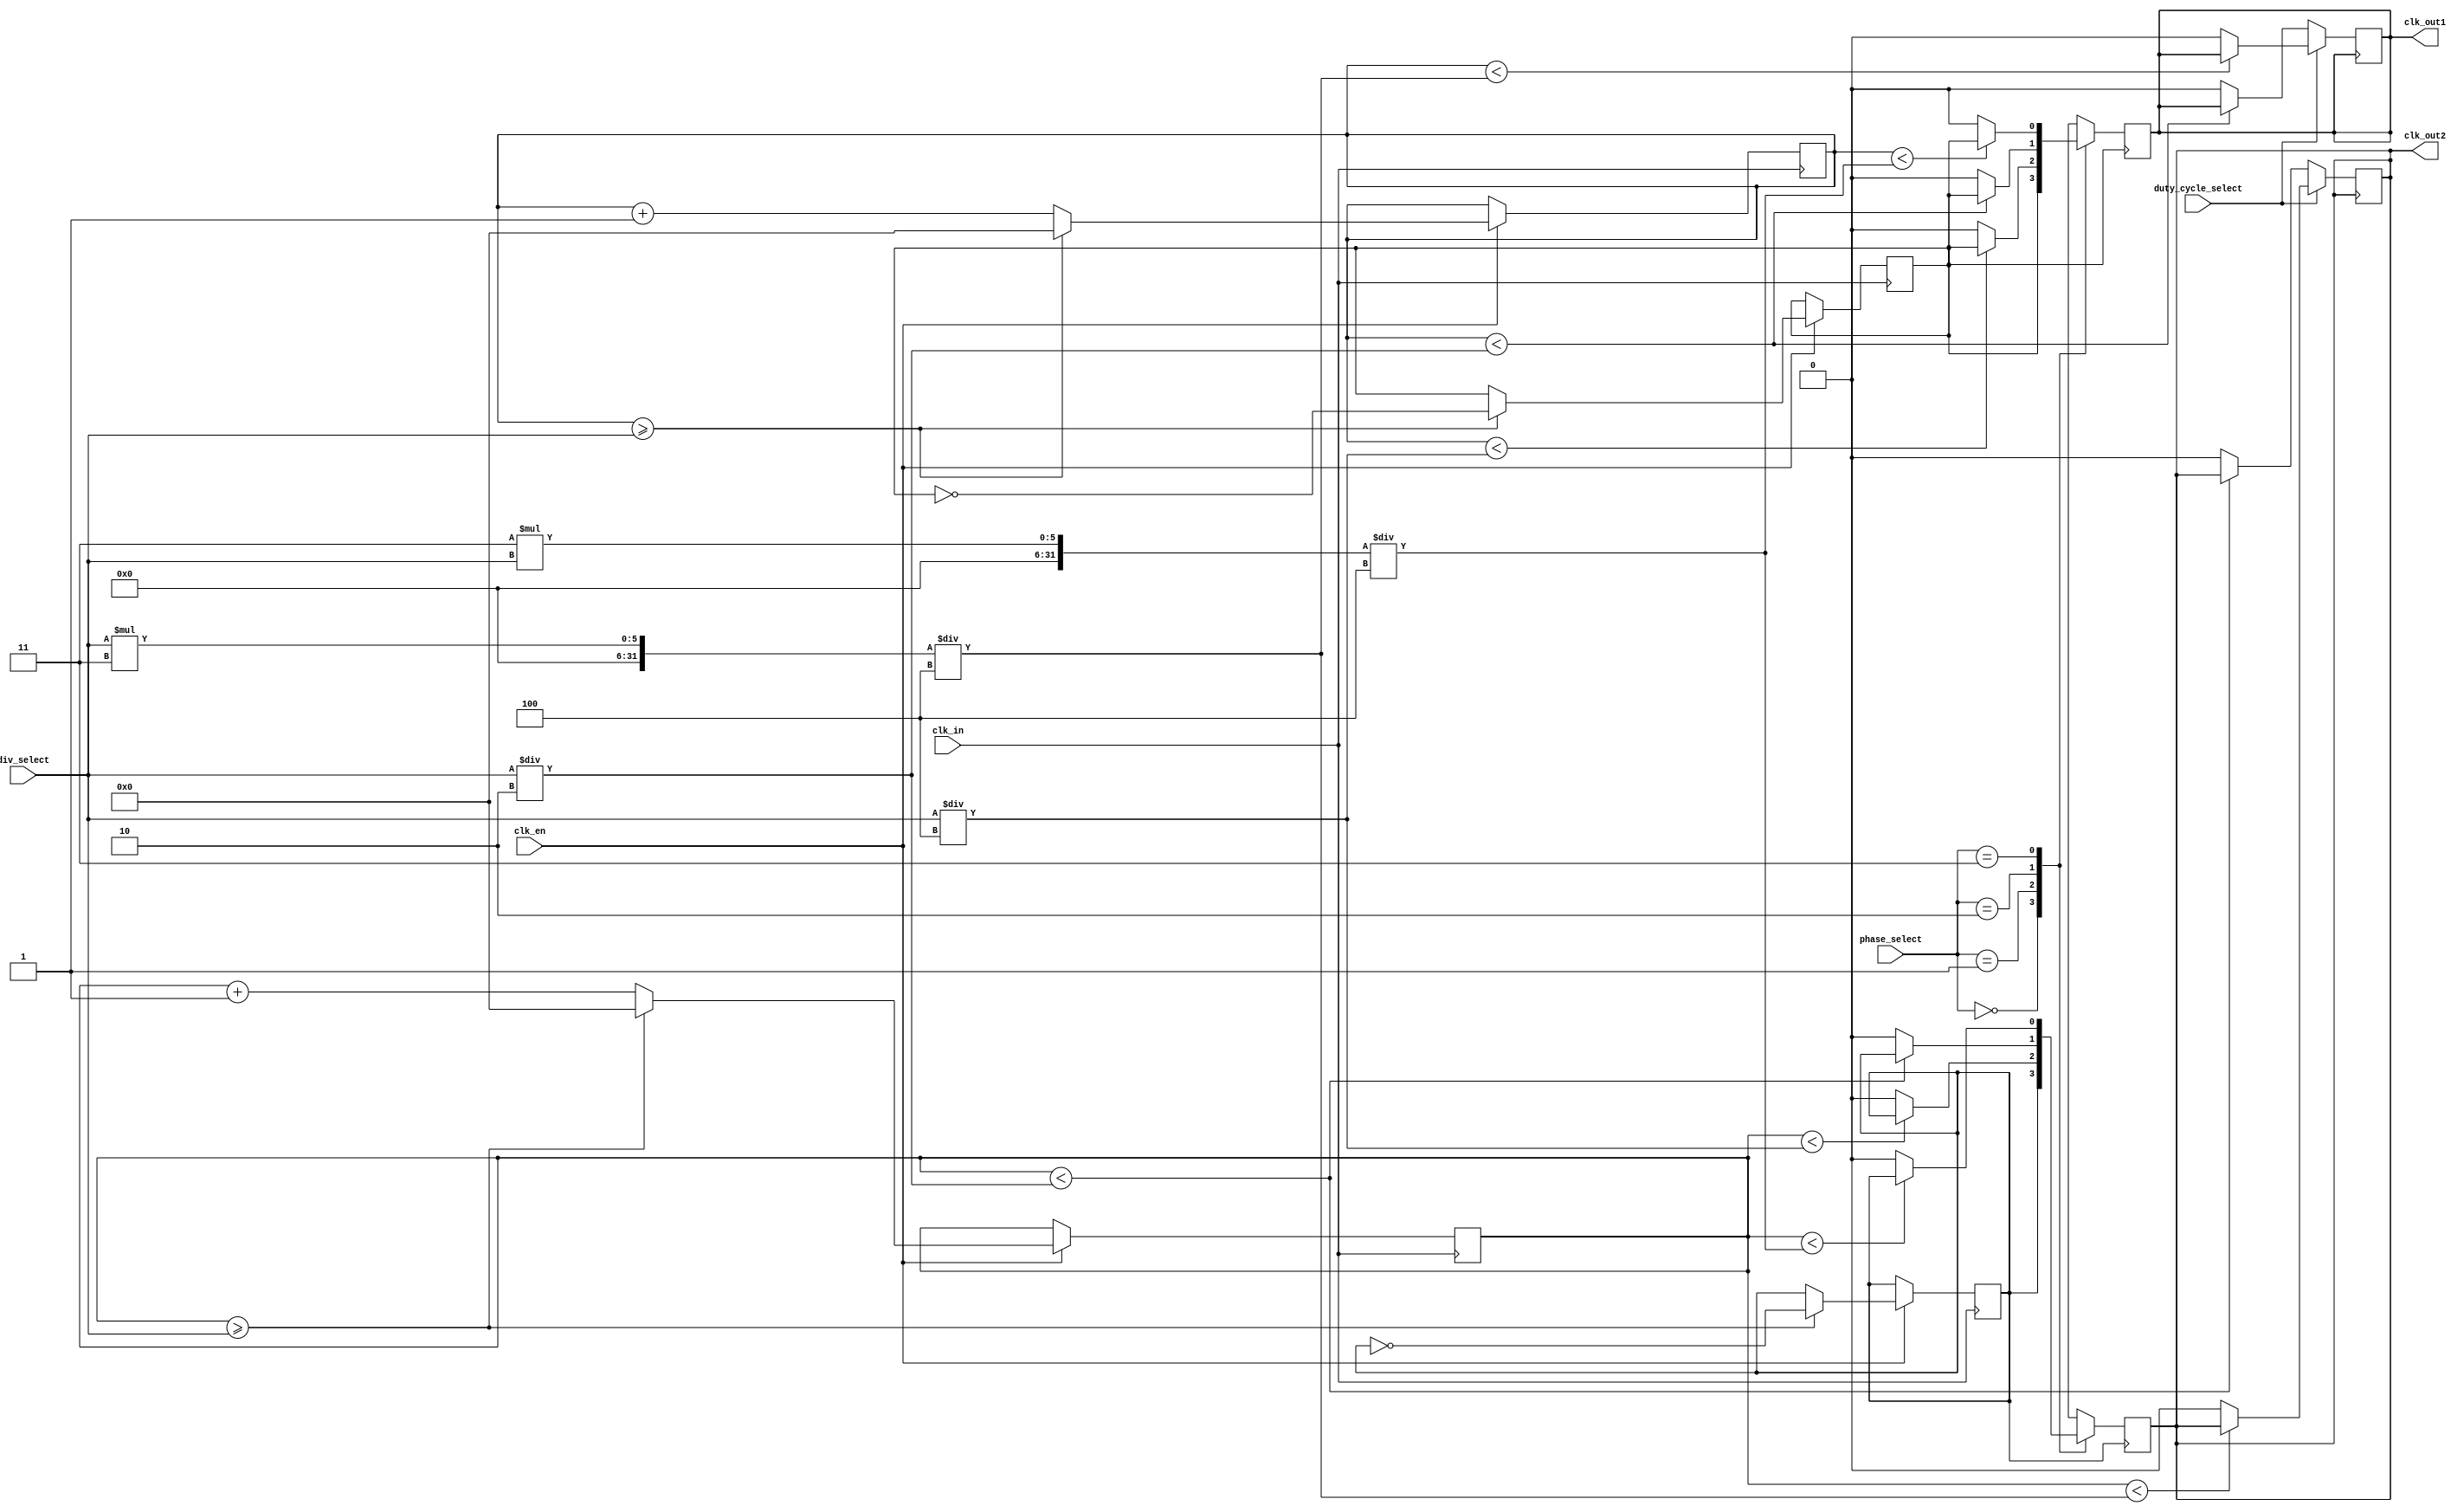
module ProgrammableClockBuffer (
    input wire clk_in,                  // Input clock source
    input wire [3:0] div_select,       // Frequency division select (0-15)
    input wire [1:0] phase_select,     // Phase select (00: 0, 01: 90, 10: 180, 11: 270)
    input wire duty_cycle_select,       // Duty cycle select (0: 50%, 1: 75%)
    input wire clk_en,                  // Enable input clock
    output reg clk_out1,                // Output clock 1
    output reg clk_out2                 // Output clock 2
);

    reg [3:0] counter1, counter2;       // Counters for frequency division
    reg [1:0] phase_offset1, phase_offset2; // Phase offsets
    reg clk_div1, clk_div2;             // Divided clocks

    // Frequency divider logic
    always @(posedge clk_in) begin
        if (clk_en) begin
            counter1 <= counter1 + 1;
            counter2 <= counter2 + 1;

            // Generate divided clock for output 1
            if (counter1 >= div_select) begin
                clk_div1 <= ~clk_div1;
                counter1 <= 0;
            end

            // Generate divided clock for output 2
            if (counter2 >= div_select) begin
                clk_div2 <= ~clk_div2;
                counter2 <= 0;
            end
        end
    end

    // Phase adjustment and duty cycle control
    always @(posedge clk_div1) begin
        case (phase_select)
            2'b00: clk_out1 <= clk_div1; // 0 phase
            2'b01: clk_out1 <= (counter1 < (div_select / 4)) ? clk_div1 : 1'b0; // 90 phase
            2'b10: clk_out1 <= (counter1 < (div_select / 2)) ? clk_div1 : 1'b0; // 180 phase
            2'b11: clk_out1 <= (counter1 < (3 * div_select / 4)) ? clk_div1 : 1'b0; // 270 phase
            default: clk_out1 <= 1'b0;
        endcase
    end

    always @(posedge clk_div2) begin
        case (phase_select)
            2'b00: clk_out2 <= clk_div2; // 0 phase
            2'b01: clk_out2 <= (counter2 < (div_select / 4)) ? clk_div2 : 1'b0; // 90 phase
            2'b10: clk_out2 <= (counter2 < (div_select / 2)) ? clk_div2 : 1'b0; // 180 phase
            2'b11: clk_out2 <= (counter2 < (3 * div_select / 4)) ? clk_div2 : 1'b0; // 270 phase
            default: clk_out2 <= 1'b0;
        endcase
    end

    // Duty cycle control
    always @(posedge clk_out1) begin
        if (duty_cycle_select) begin
            clk_out1 <= (counter1 < (div_select * 3 / 4)) ? clk_out1 : 1'b0; // 75% duty cycle
        end else begin
            clk_out1 <= (counter1 < (div_select / 2)) ? clk_out1 : 1'b0; // 50% duty cycle
        end
    end

    always @(posedge clk_out2) begin
        if (duty_cycle_select) begin
            clk_out2 <= (counter2 < (div_select * 3 / 4)) ? clk_out2 : 1'b0; // 75% duty cycle
        end else begin
            clk_out2 <= (counter2 < (div_select / 2)) ? clk_out2 : 1'b0; // 50% duty cycle
        end
    end

endmodule